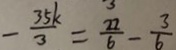
- \frac { 3 5 k } { 3 } = \frac { 2 2 } { 6 } - \frac { 3 } { 6 }